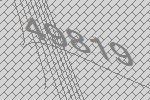
49819